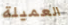
العميلة